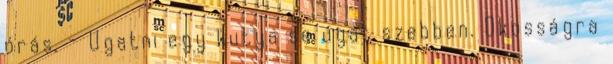
órás. - Ugatni egy kutya se ugat szebben. Okosságra